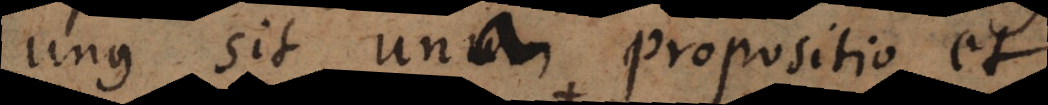
unus sit una propositio et